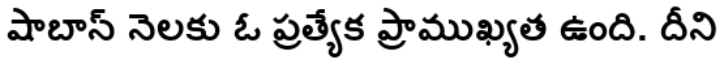
షాబాన్ నెలకు ఓ ప్రత్యేక ప్రాముఖ్యత ఉంది. దీని